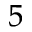
^ { 5 }